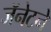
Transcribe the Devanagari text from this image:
जॅनेटने